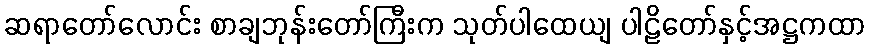
ဆရာတော်လောင်း စာချဘုန်းတော်ကြီးက သုတ်ပါထေယျ ပါဠိတော်နှင့်အဋ္ဌကထာ